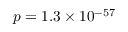
p = 1 . 3 \times 1 0 ^ { - 5 7 }